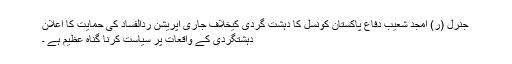
جنرل (ر) امجد شعیب دفاع پاکستان کونسل کا دہشت گردی کیخلاف جاری آپریشن ردالفساد کی حمایت کا اعلان
دہشتگردی کے واقعات پر سیاست کرنا گناہ عظیم ہے ۔